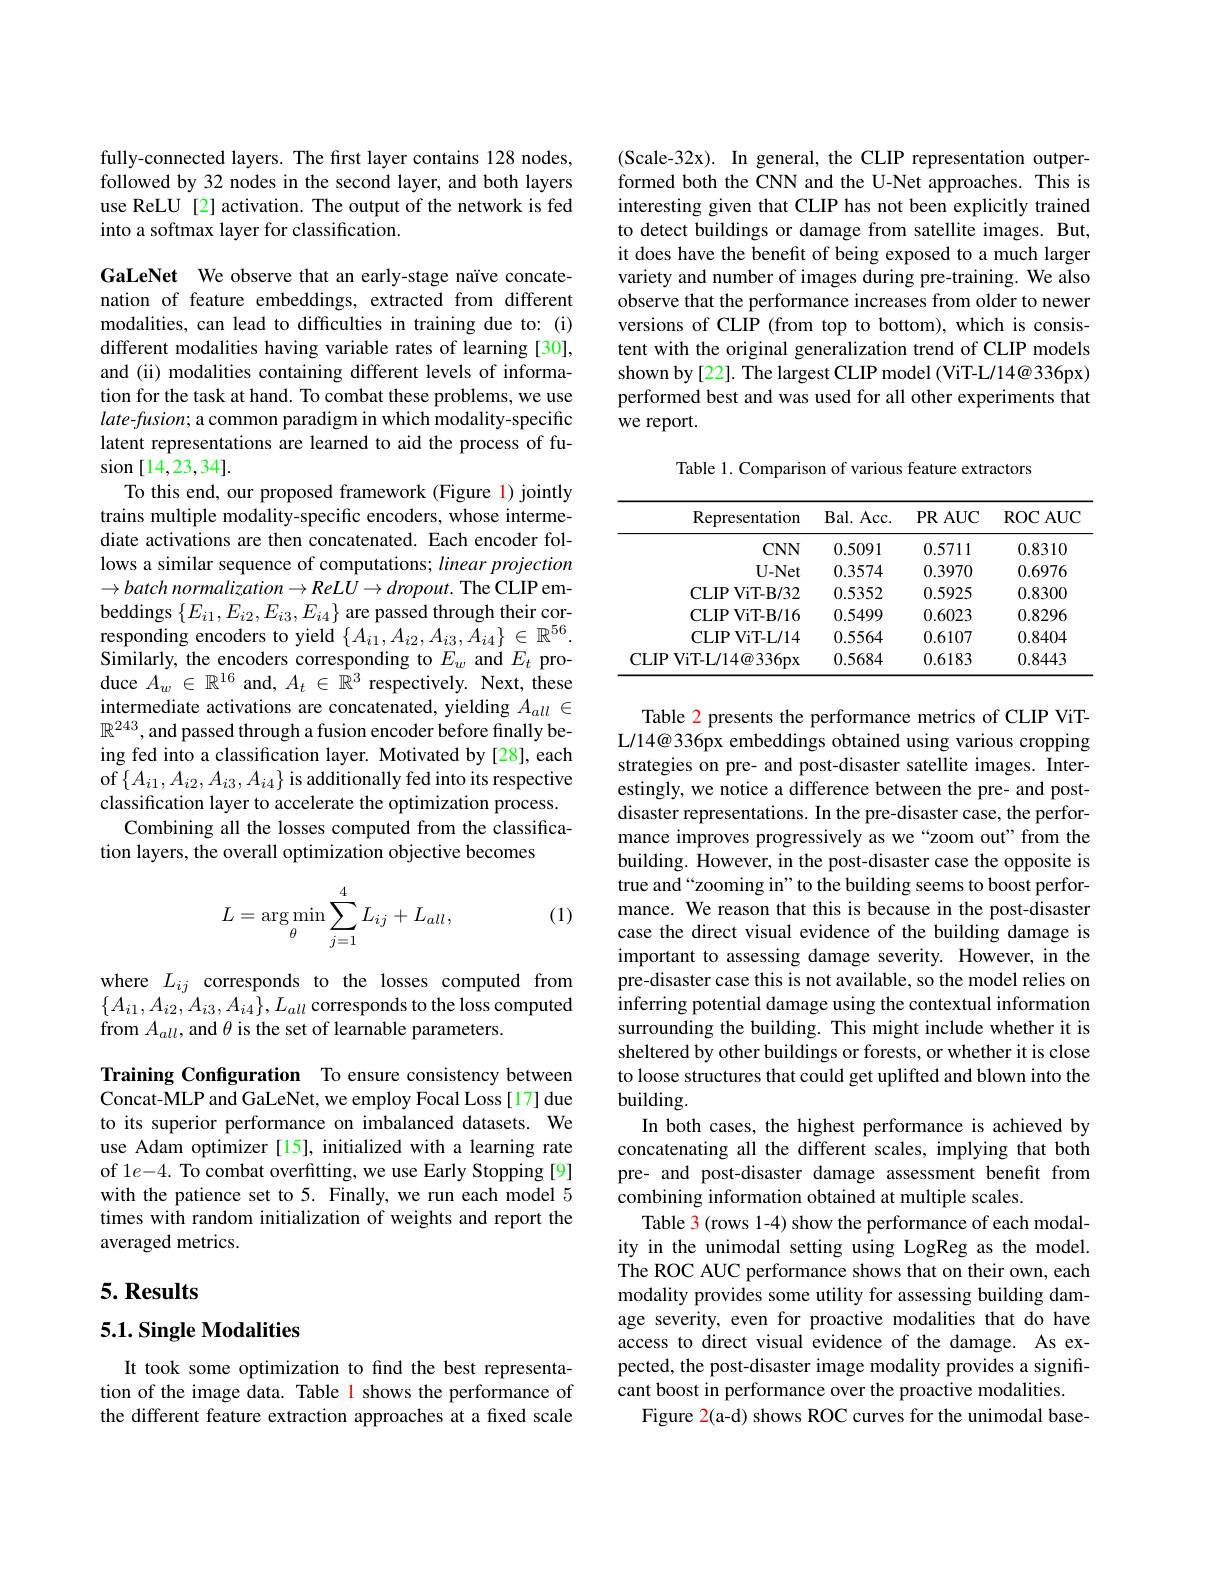
fully-connected layers. The first layer contains 128 nodes, followed by 32 nodes in the second layer, and both layers use ReLU [2] activation. The output of the network is fed into a softmax layer for classification.

GaLeNet We observe that an early-stage naïve concatenation of feature embeddings, extracted from different modalities, can lead to difficulties in training due to: (i) different modalities having variable rates of learning [30], and (ii) modalities containing different levels of information for the task at hand. To combat these problems, we use $late-fusion;$ a common paradigm in which modality-specific latent representations are learned to aid the process of fu- $\operatorname{sion}[14,23,34].$
To this end, our proposed framework (Figure 1) jointly trains multiple modality-specific encoders, whose intermediate activations are then concatenated. Each encoder follows a similar sequence of computations; linear projection $\to batch$ normalization$\to ReLU\to dropout.$ The CLIP embeddings $\{E_{i1},E_{i2},E_{i3},E_{i4}\}$ are passed through their corresponding encoders to yield $\{A_{i1},A_{i2},A_{i3},\bar{A_{i4}}\}\in\mathbb{R}^{56}.$ Similarly, the encoders corresponding to $E_w$ and $E_t$ produce $A_w\in\mathbb{R}^{16}$ and, $A_t\in\mathbb{R}^3$ respectively. Next, these intermediate activations are concatenated, yielding $A_{all}\in$ $\mathbb{R}^{243}$, and passed through a fusion encoder before finally being fed into a classification layer. Motivated by [28], each of$\left\{A_{i1},A_{i2},A_{i3},A_{i4}\right\}$is additionally fed into its respective classification layer to accelerate the optimization process.
Combining all the losses computed from the classifica-
tion layers, the overall optimization objective becomes

(1)
$$L=\underset{\theta}{\arg\min}\sum_{j=1}^{4}L_{ij}+L_{all},$$
where $L_{ij}$ corresponds to the losses computed from $\{A_{i1},A_{i2},A_{i3},A_{i4}\},L_{all}$ corresponds to the loss computed from $A_all$,and $\theta$ is the set of learnable parameters.

Training Configuration To ensure consistency between Concat-MLP and GaLeNet, we employ Focal Loss[17] due to its superior performance on imbalanced datasets. We use Adam optimizer [15], initialized with a learning rate of 1$e-4.$ To combat overfitting, we use Early Stopping[9] with the patience set to 5. Finally, we run each model 5 times with random initialization of weights and report the averaged metrics.

## $5. \textbf{Results}$

### $5. 1. \textbf{Single Modalities}$

It took some optimization to find the best representation of the image data. Table 1 shows the performance of the different feature extraction approaches at a fixed scale

(Scale-32x). In general, the CLIP representation outperformed both the CNN and the U-Net approaches. This is interesting given that CLIP has not been explicitly trained to detect buildings or damage from satellite images. But, it does have the benefit of being exposed to a much larger variety and number of images during pre-training. We also observe that the performance increases from older to newer versions of CLIP (from top to bottom),which is consistent with the original generalization trend of CLIP models shown by [22]. The largest CLIP model (ViT-L/14@ 336px) performed best and was used for all other experiments that we report.

Table 1. Comparison of various feature extractors

<table>
	<tbody>
		<tr>
			<th>Representation</th>
			<th>Bal. Acc. </th>
			<th>$\mathbf{PR}$AUC</th>
			<th>ROCAUC</th>
		</tr>
		<tr>
			<td>$CNN$</td>
			<td>0.5091</td>
			<td>0.5711</td>
			<td>0.8310</td>
		</tr>
		<tr>
			<td>$U-Net$</td>
			<td>0.3574</td>
			<td>0.3970</td>
			<td>0.6976</td>
		</tr>
		<tr>
			<td>CLIPViT- B/ 32</td>
			<td>0.5352</td>
			<td>0.5925</td>
			<td>0.8300</td>
		</tr>
		<tr>
			<td>CLIPViT- B/ 16</td>
			<td>0.5499</td>
			<td>0.6023</td>
			<td>0.8296</td>
		</tr>
		<tr>
			<td>CLIPViT- L/ 14</td>
			<td>0.5564</td>
			<td>0.6107</td>
			<td>0.8404</td>
		</tr>
		<tr>
			<td>CLIP ViT- L/ 14@ 336px</td>
			<td>0.5684</td>
			<td>0.6183</td>
			<td>0.8443</td>
		</tr>
	</tbody>
</table>

Table 2 presents the performance metrics of CLIP ViTL/14@ 336px embeddings obtained using various cropping strategies on pre- and post-disaster satellite images. Interestingly, we notice a difference between the pre- and postdisaster representations. In the pre-disaster case, the performance improves progressively as we“zoom out" from the building. However, in the post-disaster case the opposite is true and“zooming in”to the building seems to boost performance. We reason that this is because in the post-disaster case the direct visual evidence of the building damage is important to assessing damage severity. However, in the pre-disaster case this is not available, so the model relies on inferring potential damage using the contextual information surrounding the building. This might include whether it is sheltered by other buildings or forests, or whether it is close to loose structures that could get uplifted and blown into the building.
In both cases, the highest performance is achieved by concatenating all the different scales, implying that both pre- and post-disaster damage assessment benefit from combining information obtained at multiple scales.
Table 3 (rows 1-4) show the performance of each modality in the unimodal setting using LogReg as the model. The ROC AUC performance shows that on their own, each modality provides some utility for assessing building damage severity, even for proactive modalities that do have access to direct visual evidence of the damage. As expected, the post-disaster image modality provides a significant boost in performance over the proactive modalities.
Figure 2(a-d) shows ROC curves for the unimodal base-